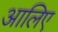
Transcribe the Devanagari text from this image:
आलिए